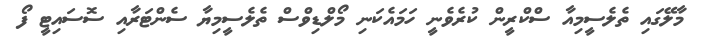
މާލޭގައި ތެލެސީމިއާ ސްކްރީން ކުރެވެނީ ހަމައެކަނި މޯލްޑިވްސް ތެލެސީމިޔާ ސެންޓަރާއި ސޮސައިޓީ ފޯ